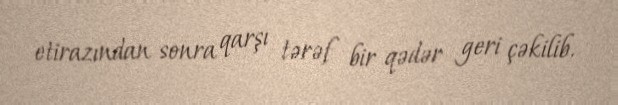
etirazından sonra qarşı tərəf bir qədər geri çəkilib.